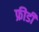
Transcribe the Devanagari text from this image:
फ्रीडी